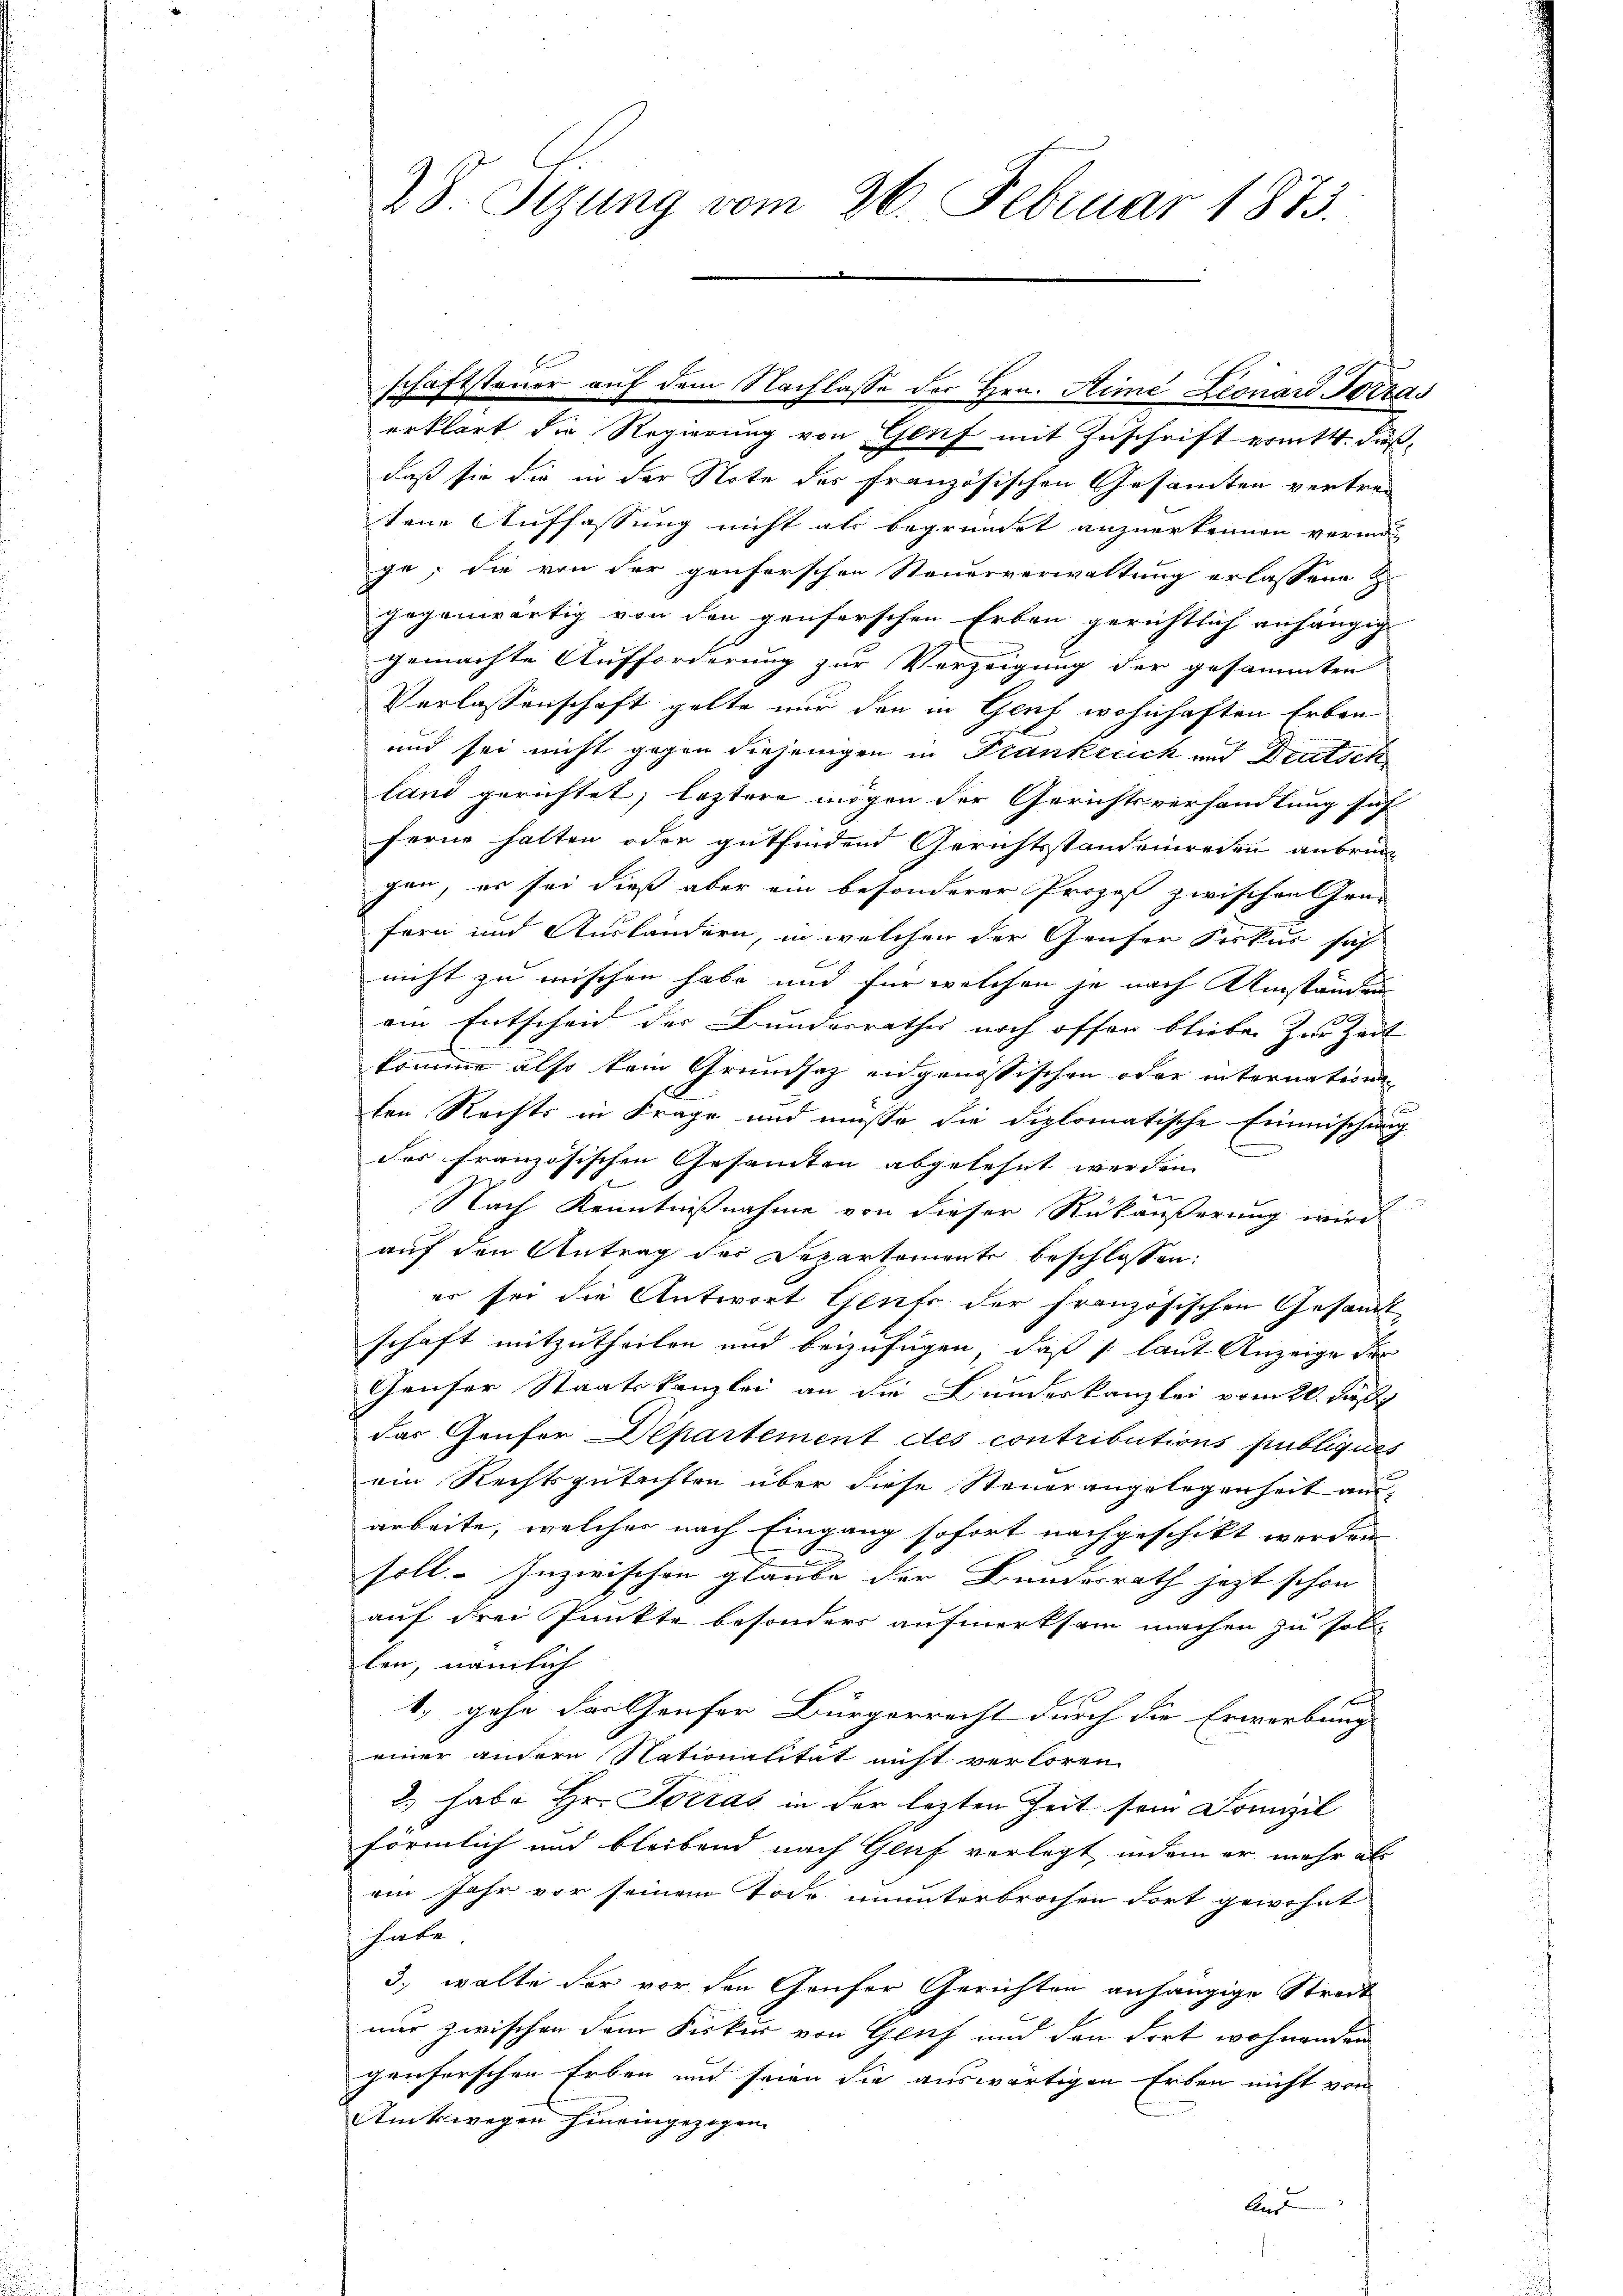
erklärt die Regierung von Genf mit Zuschrift eritt. dießdaß sie die in der Note des französischen Gesamten vertren
tene Auffassung nicht als begründet anzuerkennen vermöge, die von der genforschen Steuerverwaltung erlassene Z.
gegenwärtig von den genferschen Erben gerichtlich anhängig
gemachte Aufforderung zur Verzeigung der gesammten
Verlassenschaft gelte nur den in Genf wohnhaften Erben
und sei nicht gegen diejenigen in Trankreick und Deutsch
land gerichtet; leztere mögen der Gerichtsverhandlung sof
ferne halten oder gutfindend Gerichtsstandeneien anbrunn
gen, er sei dieß aber ein besonderer Prozeß zwischen Grü-
fern und Ausländern, in welchen der Genfer Fiskus sich
nicht zu mischen habe und für welchen je nach Umständung
am Entscheid der Bundesrathes noch offen bliebe. Zur Zeit
komme also kein Grundsaz eidgenössischen oder internationen
ten Rechts in Frage und müsse die diplomatische Einmischung
des französischen Gesamten abgelehnt werden.
Nach Kenntnißnahme von dieser Rükäußerung wird
auf den Antrag der Departemente beschlossen:
er sei die Antwort Gents der französischen Gesamt
schaft mitzutheilen und beizufügen, daß (laut Anzeige der
Geuser Staatskanzlei an die Bundeskanzlei vom 20. Fuß
das Genfor Departement des contributions publiques
ein Rechtsgutachten über diese Steuerangelegenheit am
arbeite, welches nach Eingang sofort nachgeschickt werden
soll. Inzwischen glaube der Bundesrath jezt schon
auf drei Punkte besonders aufmerksam machen zu sol
len, nämlich
e
1.) gehe des Genfer Bürgerrecht durch die Erwerbung
einer andern Nationalität nicht verloren.
2. habe Hr. Socras in der lezten Zeit sein Domizil
förmlich und bleibend nach Genf verlegt, indem er mehr als
ein Jahr vor seinem Tode ununterbrochen dort gewohnt
habe.
3., walte der vor den Genfer Gerichten anhängige Streit
nur zwischen dem Fiskur von Genf und den dort wohnenden
genferschen Erben und seien die auswärtigen Erben nicht von
Rütswegen hineingezogen.
An

2 S. Sizung vom 26. Februar 1873.

schaftsteuer auf dem Nachlasse der Hrn. Hime Leonard Terras